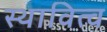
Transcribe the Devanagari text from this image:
स्थावित्व